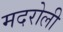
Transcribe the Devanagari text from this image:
मदरोली